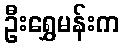
ဦးရွှေမန်းက